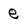
Character: e